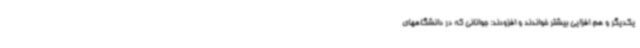
یکدیگر و هم افزایی بیشتر خواندند و افزودند: جوانانی که در دانشگاههای